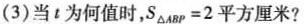
(3)当t为何值时，$$S_{\triangle ABP}=2平方厘米?$$